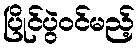
ပြိုင်ပွဲဝင်မည့်